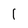
Character: 1